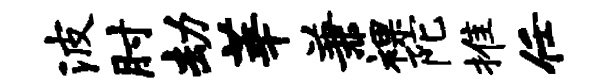
波肘劫莘兼裸陀推任